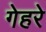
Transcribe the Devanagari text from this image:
गेहरे